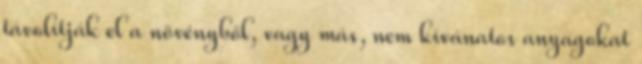
távolítják el a növényből, vagy más, nem kívánatos anyagokat